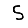
Digit: 5